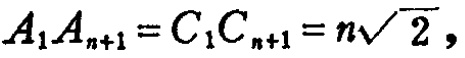
\(A_{1}A_{n + 1}=C_{1}C_{n + 1}=n\sqrt{2}\)